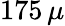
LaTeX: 175\, \mu